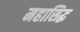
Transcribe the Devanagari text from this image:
महासिद्ध